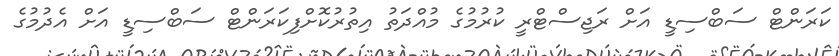
ކަރަންޓް ސަބްސިޑީ އަށް ރަޖިސްޓްރީ ކުރުމުގެ މުއްދަތު އިތުރުކޮށްފިކަރަންޓް ސަބްސިޑީ އަށް އެދުމުގެ